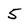
Character: 5